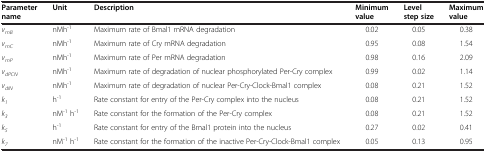
| Parameter name | Unit | Description | Minimum value | Level step size | Maximum value |
 | --- | --- | --- | --- | --- | --- |
 | vmB | nMh-1 | Maximum rate of Bmal1 mRNA degradation | 0.02 | 0.05 | 0.38 |
 | vmC | nMh-1 | Maximum rate of Cry mRNA degradation | 0.95 | 0.08 | 1.54 |
 | vmP | nMh-1 | Maximum rate of Per mRNA degradation | 0.98 | 0.16 | 2.09 |
 | vdPCN | nMh-1 | Maximum rate of degradation of nuclear phosphorylated Per-Cry complex | 0.99 | 0.02 | 1.14 |
 | vdIN | nMh-1 | Maximum rate of degradation of nuclear Per-Cry-Clock-Bmal1 complex | 0.08 | 0.21 | 1.52 |
 | k1 | h-1 | Rate constant for entry of the Per-Cry complex into the nucleus | 0.08 | 0.21 | 1.52 |
 | k3 | nM-1 h-1 | Rate constant for the formation of the Per-Cry complex | 0.08 | 0.21 | 1.52 |
 | k5 | h-1 | Rate constant for entry of the Bmal1 protein into the nucleus | 0.27 | 0.02 | 0.41 |
 | k7 | nM-1 h-1 | Rate constant for the formation of the inactive Per-Cry-Clock-Bmal1 complex | 0.05 | 0.13 | 0.95 |